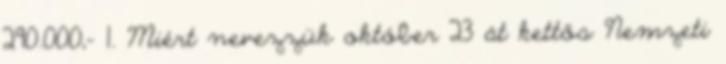
290.000,- 1. Miért nevezzük október 23 át kettős Nemzeti